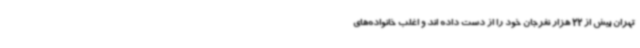
تهران بیش از 22 هزار نفرجان خود را از دست داده اند و اغلب خانواده‌های